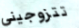
تتزوجيني